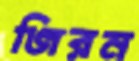
জিরন